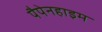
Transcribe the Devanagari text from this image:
पैपेनहाइम